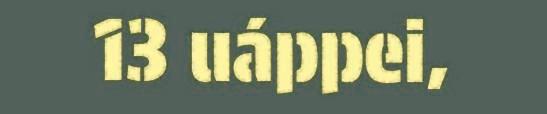
13 uáppei,